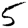
Digit: 5